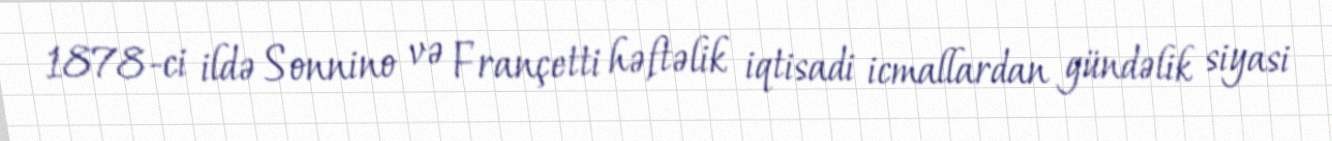
1878-ci ildə Sonnino və Françetti həftəlik iqtisadi icmallardan gündəlik siyasi